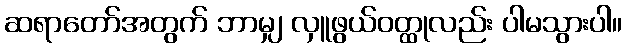
ဆရာတော်အတွက် ဘာမျှ လှူဖွယ်ဝတ္ထုလည်း ပါမသွားပါ။